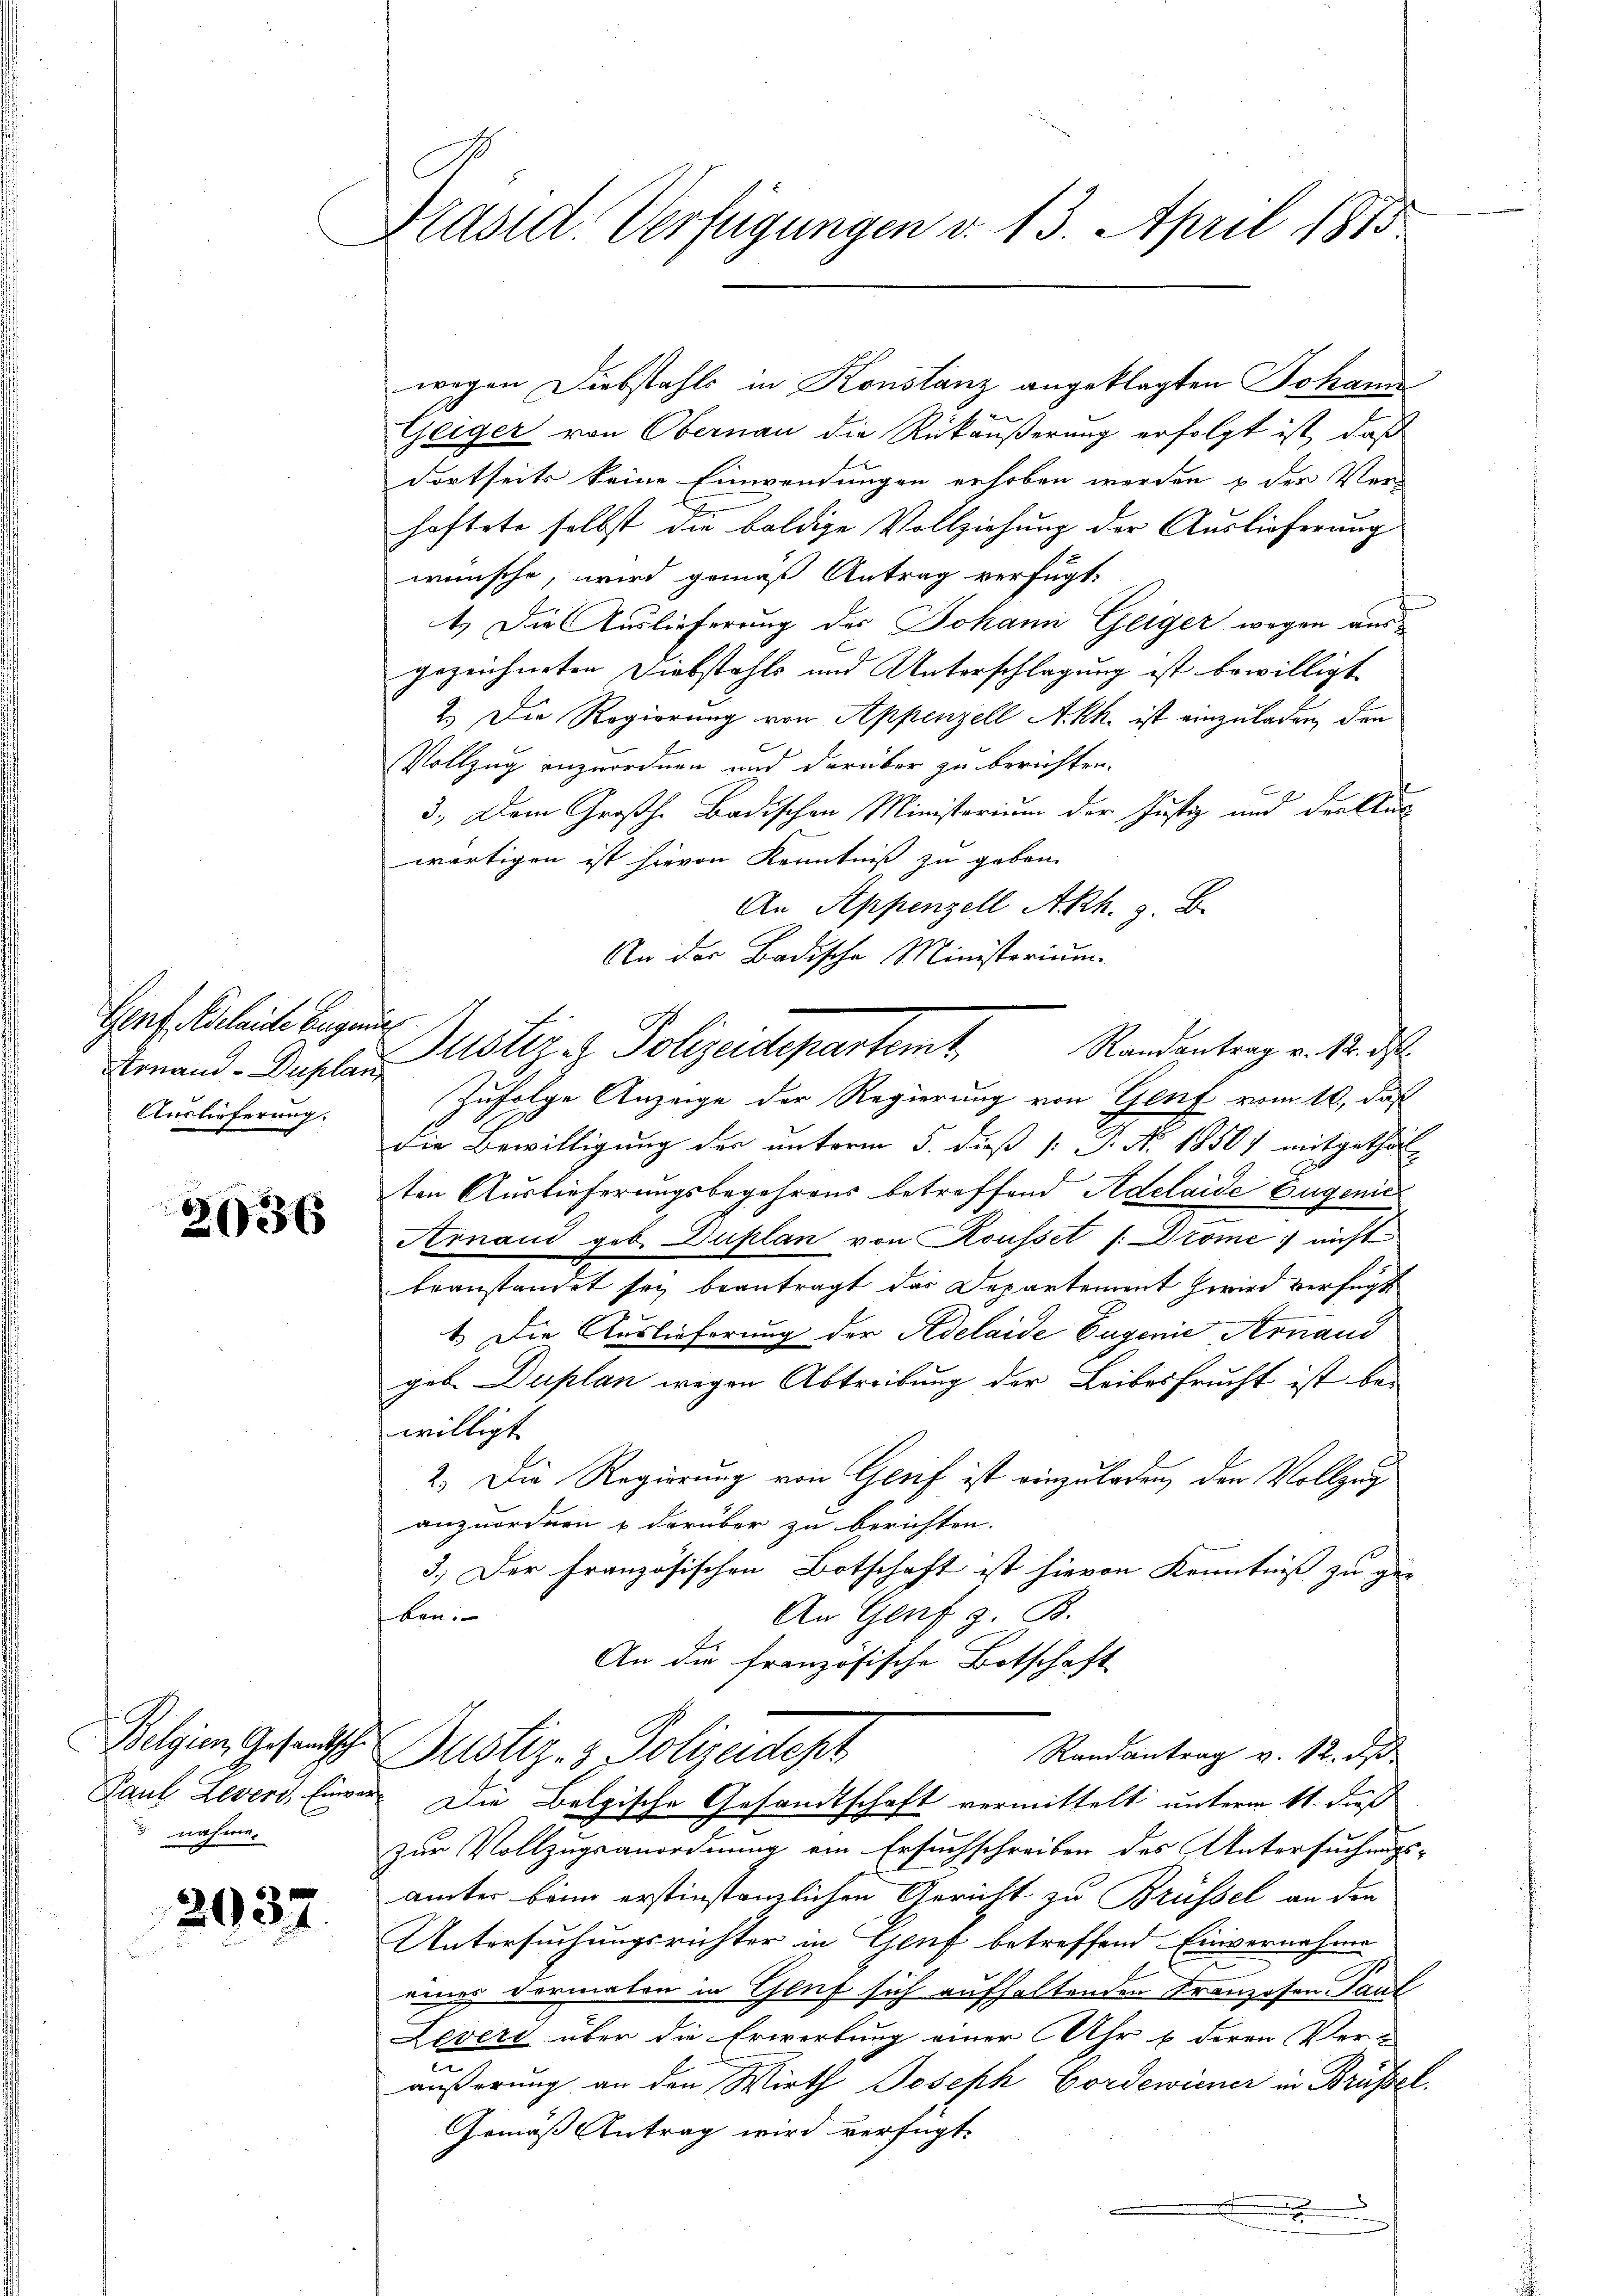
Genf Adelaide begnüg
stinand - Duplan
Auslieferung.

2636

Belgien, Gesandtsche
Paul Levers, Einver
nahme.

2037

Präsid. Verfügungen v. 13. April 1873

e
Geiger von Obernau die Rückäußerung erfolgt ist, daß
dortseits keine Einwendungen erhoben werden & der Verhaftete selbst die baldige Vollziehung der Auslieferung
wünsche, wird gemäß Antrag verfügt:
1.) Die Auslieferung der Johann Geiger wegen ausgezeichneten Diebstahls und Unterschlagung ist bewilligt
2.) Die Regierung von Appenzell Akh. ist einzuladen, den
Vollzug anzuordnen und darüber zu berichten.
3.) Dem Großh. Badischen Ministerium der Justiz und denklic
wärtigen ist hievon Kenntniß zu geben.
An Appenzell A.Rh. z. B.
An der Badische Ministorium.
Zufolge Anzeige der Regierung von Genf vom 16., daß
die Bewilligung der unterm 5. dieß [ P. Nr. 1850) mitgetheil-
ten Auslieferungsbegehrens betreffend Adelaide Eugenie
Arnand geb. Duplan von Rousset /: Drome nicht
beanstandet sey beantragt das Departement wird verfügt
1.) Die Auslieferung der Adelaide Eugenie Arnand
geb. Duplan wegen Abtreibung der Leibesfrucht ist bewilligt
2.) Die Regierung von Greif ist einzuladen, den Vollzug
anzuordnen & darüber zu berichten.
3.) Der Französischen Botschaft ist hievon Kenntniß zu ge-
ben. |
An Genf z. B.
An die französische Botschaft
Randantrag v. 12. ds
Justiz- & Polizeidept
Die Belgische Gesandtschaft vermittelt unterm 11. dieß
zur Vollzugsanordnung ein Ersuchschreiben des Untersuchungs-
ämter beim erstinstämlichen Gericht zu Brüssel an den
Untersuchungsrichter in Gluf betreffend Einvernahme
eines vormalen in Gluf sich aufhaltenden Kranzosen Paul
Levers über die Erwerbung einer Uhr u. deren Ver-
äußerung an den Wirth Joseph Fordewinner in Brüssel
Gemäß Antrag wird verfügt
.

wegen Diebstahls in Konstanz angeklagten Johann

Justiz u. Polizeidepartamt,
Randantrag v. 12. d.